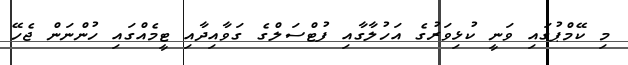
މި ކޭމްޕުގައި ވަނީ ކުޅިވަރުގެ އަހުލާގާއި ފުޓްސަލްގެ ގަވާއިދާއި ޓީމެއްގައި ހުންނަން ޖެހޭ